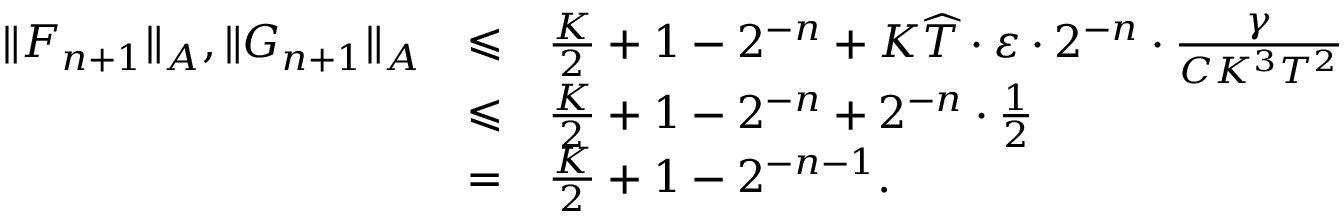
\begin{array} { l c l } { \| F _ { n + 1 } \| _ { A } , \| G _ { n + 1 } \| _ { A } } & { \leqslant } & { \frac { K } { 2 } + 1 - 2 ^ { - n } + K \widehat { T } \cdot \varepsilon \cdot 2 ^ { - n } \cdot \frac { \gamma } { C K ^ { 3 } T ^ { 2 } } } \\ & { \leqslant } & { \frac { K } { 2 } + 1 - 2 ^ { - n } + 2 ^ { - n } \cdot \frac { 1 } { 2 } } \\ & { = } & { \frac { K } { 2 } + 1 - 2 ^ { - n - 1 } . } \end{array}